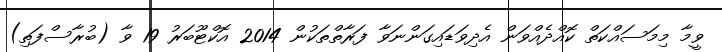
ވީމާ މިމަސައްކަތް ކޮއްދެއްވަން އެދިވަޑައިގަންނަވާ ފަރާތްތަކުން 2014 އޮކްޓޫބަރު 19 ވާ (ބުރާސްފަތި)